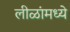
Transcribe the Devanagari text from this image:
लीळांमध्ये